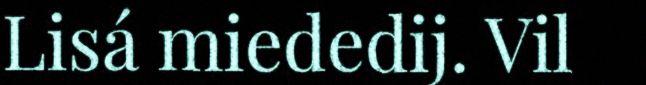
Lisá miededij. Vil